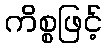
ကိစ္စဖြင့်